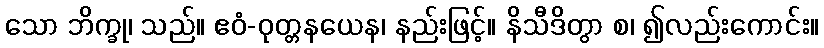
သော ဘိက္ခု၊ သည်။ ဧဝံ-ဝုတ္တနယေန၊ နည်းဖြင့်။ နိသီဒိတွာ စ၊ ၍လည်းကောင်း။